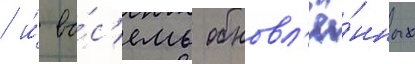
/ и́ во́с'емь обновл'ё́нных